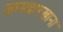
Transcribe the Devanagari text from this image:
जामदारखाना